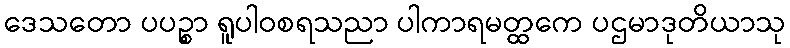
ဒေသတော ပပဉ္စာ ရူပါဝစရသညာ ပါကာရမတ္ထကေ ပဌမာဒုတိယာသု